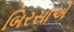
બિરસાએ